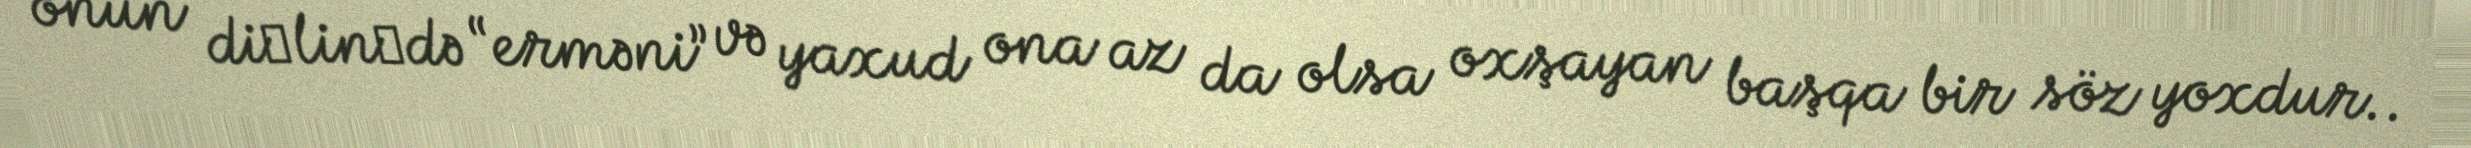
onun di­lin­də “erməni” və yaxud ona az da olsa oxşayan başqa bir söz yoxdur..